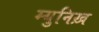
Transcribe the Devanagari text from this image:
म्युनिख़